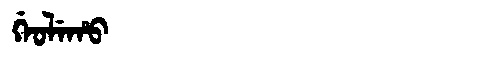
Manchu: ᡤᡝᠣᠯᡝᡥᠣ
Romanization: GEOLEHO